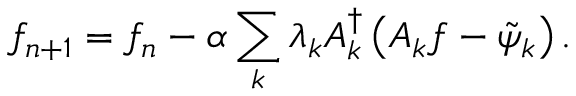
f _ { n + 1 } = f _ { n } - \alpha \sum _ { k } \lambda _ { k } \boldsymbol { A } _ { k } ^ { \dagger } \left( \boldsymbol { A } _ { k } f - \tilde { \psi } _ { k } \right) .